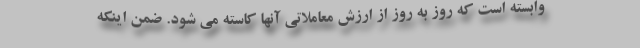
وابسته است كه روز به روز از ارزش معاملاتي آنها كاسته مي شود. ضمن اينكه